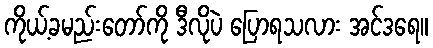
ကိုယ့်ခမည်းတော်ကို ဒီလိုပဲ ပြောရသလား အင်ဒရေ။